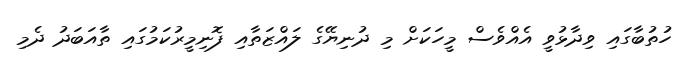
ހުތުބާގައި ވިދާޅުވީ އެއްވެސް މީހަކަށް މި ދުނިޔޭގެ ލައްޒަތާއި ފޮނިމީރުކަމުގައި ތާއަބަދު ދެމި